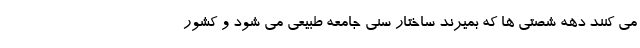
می کنند دهه شصتی ها که بمیرند ساختار سنی جامعه طبیعی می شود و کشور